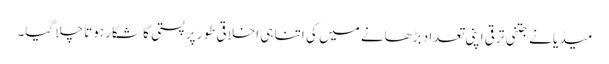
میڈیا نے جتنی ترقی اپنی تعداد بڑھانے میں کی اتنا ہی اخلاقی طور پر پستی کا شکار ہوتا چلا گیا۔